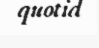
quotid